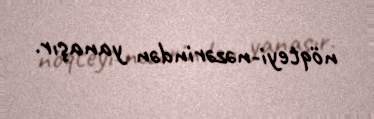
nöqteyi-nəzərindən yanaşır.